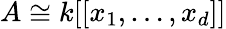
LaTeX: A\cong k[[x_{1},\ldots,x_{d}]]